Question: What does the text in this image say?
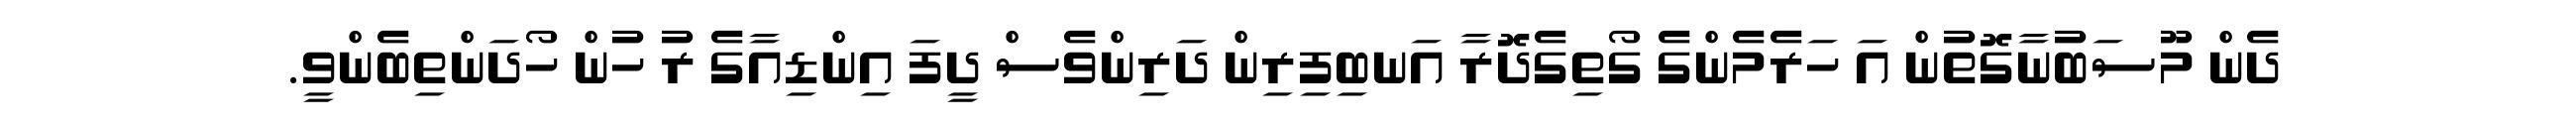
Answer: ދެން މޫސަބުނާގޮތުން އަ ހަރެމެންގެ ގޯތިގެދޮރާ އަނބިފިރިން ދަރިންވެސް ދީފަ އިންޑިއާގެ ރު ހުން ހޯދަންތިބެންވީ.